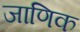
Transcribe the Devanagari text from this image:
जाणिक